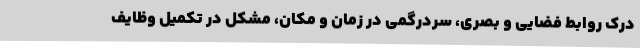
درک روابط فضایی و بصری، سردرگمی در زمان و مکان، مشکل در تکمیل وظایف